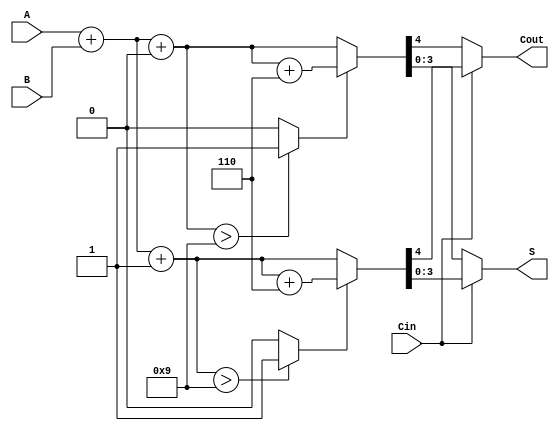
module BCD_MCSA (
    input [3:0] A,    // First BCD digit
    input [3:0] B,    // Second BCD digit
    input Cin,        // Carry-in
    output reg [3:0] S, // BCD Sum
    output reg Cout    // Carry-out
);

    wire [4:0] Sum0;  // Sum when Cin = 0
    wire [4:0] Sum1;  // Sum when Cin = 1
    wire [4:0] CorrectedSum0; // Corrected sum for Sum0
    wire [4:0] CorrectedSum1; // Corrected sum for Sum1
    wire Correction0;  // Indicates if correction is needed for Sum0
    wire Correction1;  // Indicates if correction is needed for Sum1

    // Calculate the sums
    assign Sum0 = A + B + 0; // Sum for Cin = 0
    assign Sum1 = A + B + 1; // Sum for Cin = 1

    // Determine if correction is needed
    assign Correction0 = (Sum0 > 9) ? 1'b1 : 1'b0;
    assign Correction1 = (Sum1 > 9) ? 1'b1 : 1'b0;

    // Apply correction if needed
    assign CorrectedSum0 = Correction0 ? (Sum0 + 5'd6) : Sum0; // Add 6 if correction needed
    assign CorrectedSum1 = Correction1 ? (Sum1 + 5'd6) : Sum1; // Add 6 if correction needed

    // Select the final sum and carry-out based on Cin
    always @(*) begin
        if (Cin) begin
            S = CorrectedSum1[3:0]; // Select corrected sum for Cin = 1
            Cout = CorrectedSum1[4]; // Carry-out from corrected sum
        end else begin
            S = CorrectedSum0[3:0]; // Select corrected sum for Cin = 0
            Cout = CorrectedSum0[4]; // Carry-out from corrected sum
        end
    end

endmodule